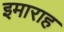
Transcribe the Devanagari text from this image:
इमाराह